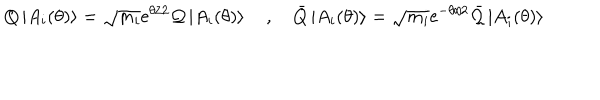
Q \left| A _ { i } ( \theta ) \right\rangle = \sqrt { m _ { i } } \mathrm { e } ^ { \theta / 2 } \mathcal { Q } \left| A _ { i } ( \theta ) \right\rangle \quad , \quad \bar { Q } \left| A _ { i } ( \theta ) \right\rangle = \sqrt { m _ { i } } \mathrm { e } ^ { - \theta / 2 } \bar { \mathcal { Q } } \left| A _ { i } ( \theta ) \right\rangle